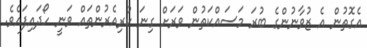
އެގޮތުން އެ ޒުވާނުންގެ ބުރަ މަސައްކަތުން ވަރަށް ގިނަ ކުރިއެރުންތައް ވަނީ ހޯދައިފައެވެ.